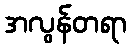
အလွန်တရာ